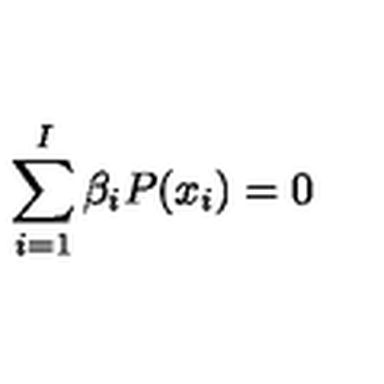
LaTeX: \sum _ { i = 1 } ^ { I } \beta _ { i } P ( x _ { i } ) = 0